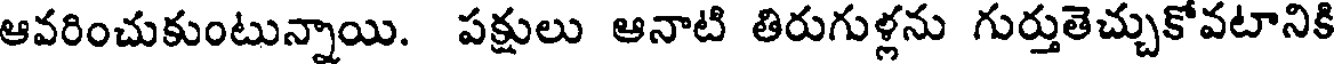
ఆవరించుకుంటున్నాయి. పక్షులు ఆనాటి తిరుగుళ్లను గుర్తుతెచ్చుకోవటానికి